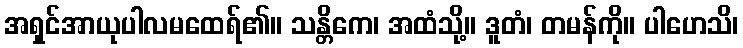
အရှင်အာယုပါလမထေရ်၏။ သန္တိကေ၊ အထံသို့။ ဒူတံ၊ တမန်ကို။ ပါဟေသိ၊